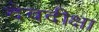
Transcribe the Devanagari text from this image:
देवदीक्षा